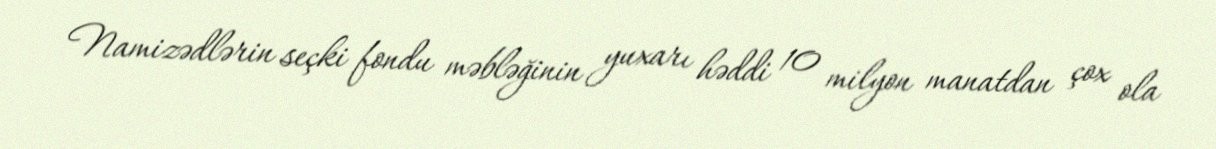
Namizədlərin seçki fondu məbləğinin yuxarı həddi 10 milyon manatdan çox ola